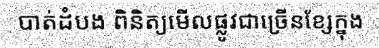
បាត់ដំបង ពិនិត្យមើលផ្លូវជាច្រើនខ្សែក្នុង